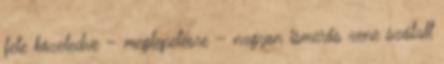
fele közeledve – meglepetésre – nagyon ismerős zene szólalt